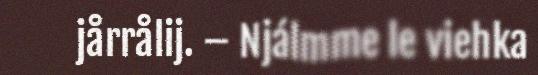
jårrålij. – Njálmme le viehka